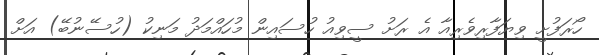
ހޯރަފުށީ ވިޔަފާރިވެރިއާ އެ ރަށު ސީވިއު ހުސައިން މުހައްމަދު މަނިކު (ހުސޭނުބޭ) އަށް